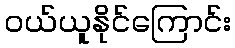
ဝယ်ယူနိုင်ကြောင်း